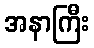
အနာကြီး